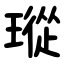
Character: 瑽